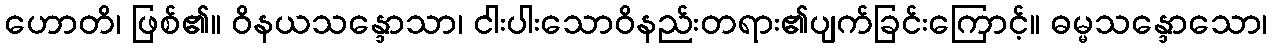
ဟောတိ၊ ဖြစ်၏။ ဝိနယသန္ဒောသာ၊ ငါးပါးသောဝိနည်းတရား၏ပျက်ခြင်းကြောင့်။ ဓမ္မသန္ဒောသော၊